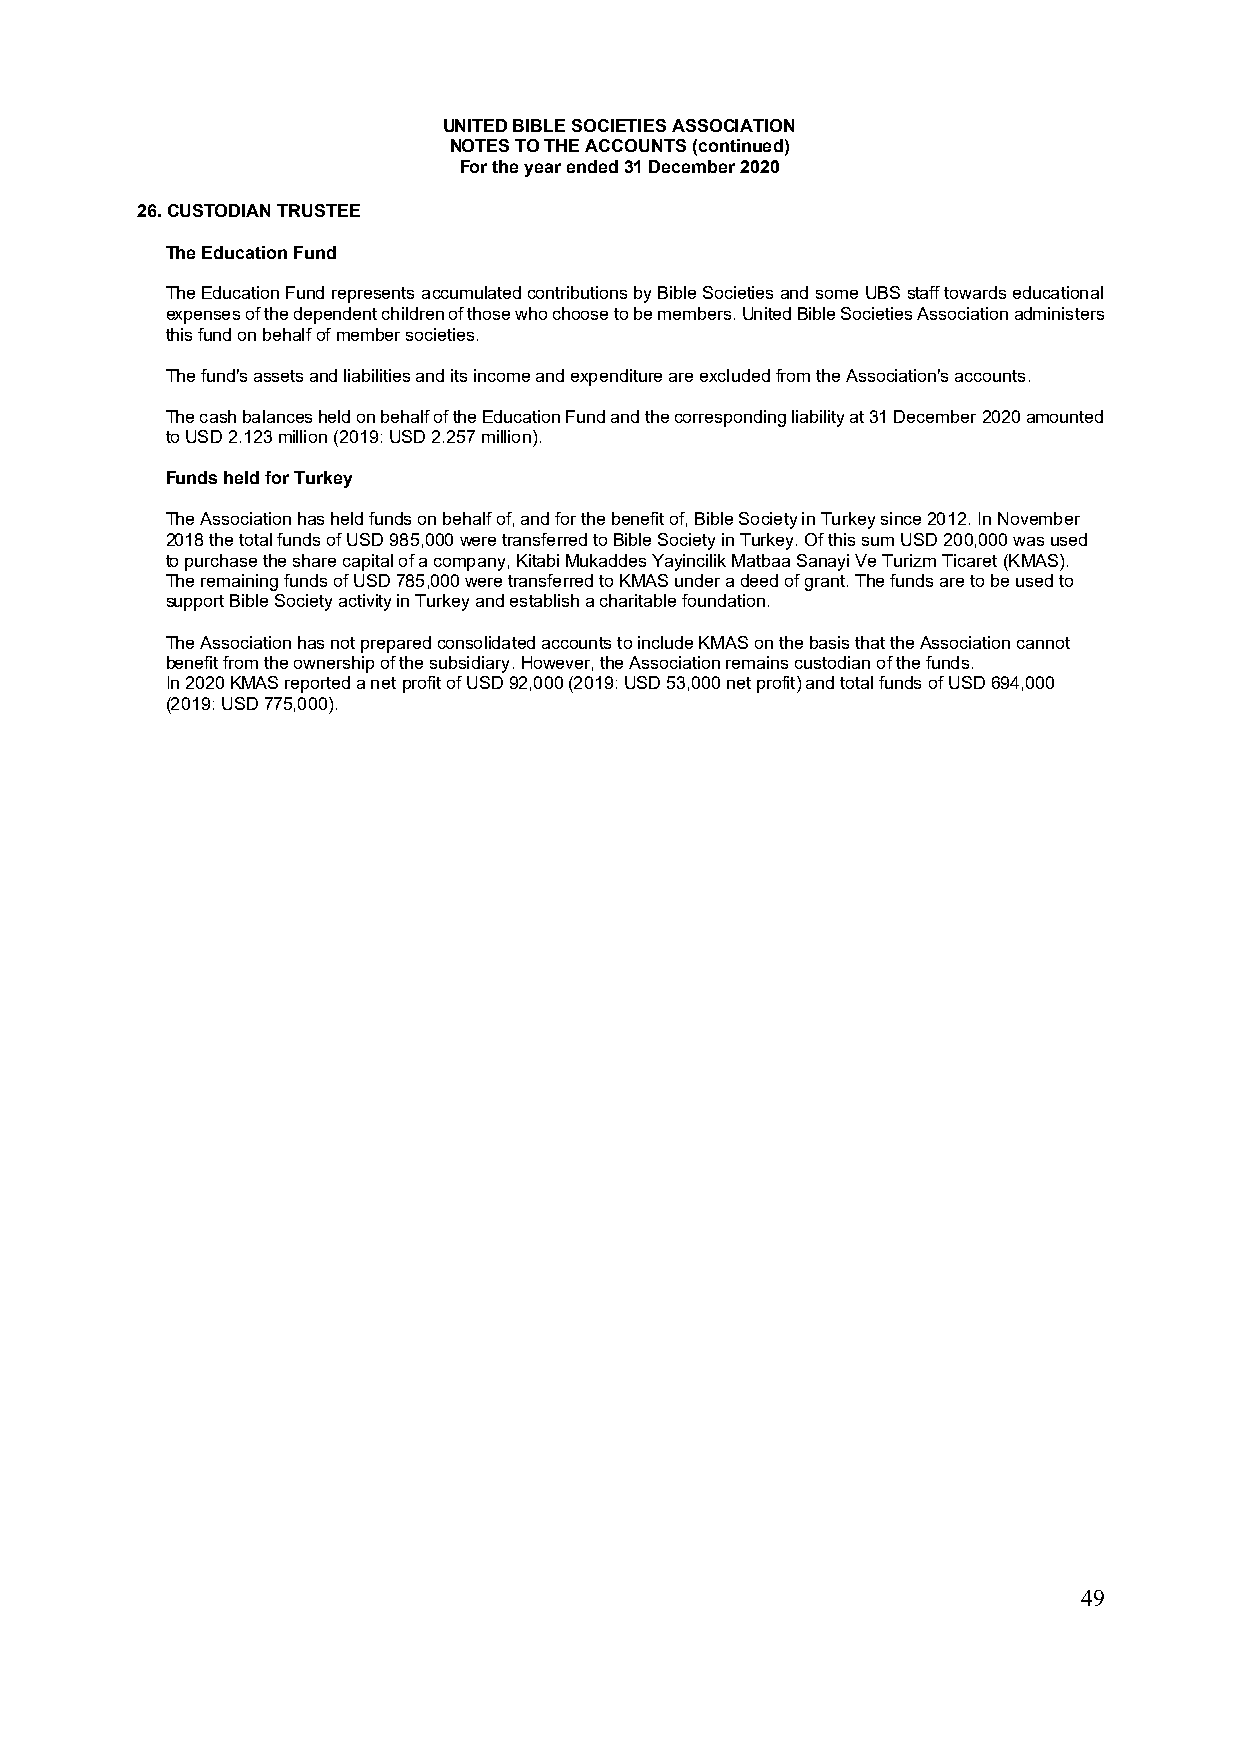
UNITED BIBLE SOCIETIES ASSOCIATION
 NOTES TO THE ACCOUNTS (continued)
 For the year ended 31 December 2020
 26. CUSTODIAN TRUSTEE
 The Education Fund
 The Education Fund represents accumulated contributions by Bible Societies and some UBS staff towards educational
 expenses of the dependent children of those who choose to be members. United Bible Societies Association administers
 this fund on behalf of member societies.
 The fund's assets and liabilities and its income and expenditure are excluded from the Association's accounts.
 The cash balances held on behalf of the Education Fund and the corresponding liability at 31 December 2020 amounted
 to USD 2.123 million (2019: USD 2.257 million).
 Funds held for Turkey
 The Association has held funds on behalf of, and for the benefit of, Bible Society in Turkey since 2012. In November
 2018 the total funds of USD 985,000 were transferred to Bible Society in Turkey. Of this sum USD 200,000 was used
 to purchase the share capital of a company, Kitabi Mukaddes Yayincilik Matbaa Sanayi Ve Turizm Ticaret (KMAS).
 The remaining funds of USD 785,000 were transferred to KMAS under a deed of grant. The funds are to be used to
 support Bible Society activity in Turkey and establish a charitable foundation.
 The Association has not prepared consolidated accounts to include KMAS on the basis that the Association cannot
 benefit from the ownership of the subsidiary. However, the Association remains custodian of the funds.
 In 2020 KMAS reported a net profit of USD 92,000 (2019: USD 53,000 net profit) and total funds of USD 694,000
 (2019: USD 775,000).
 49